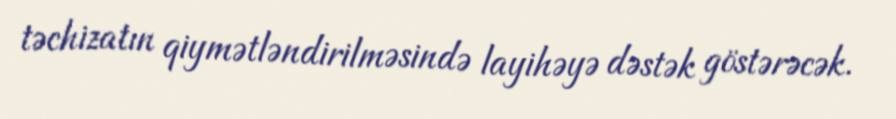
təchizatın qiymətləndirilməsində layihəyə dəstək göstərəcək.